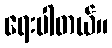
ရေးပါတယ်။